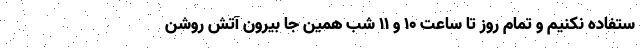
ستفاده نکنیم و تمام روز تا ساعت ۱۰ و ۱۱ شب همین جا بیرون آتش روشن